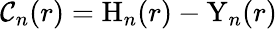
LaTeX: \mathcal{C}_{n}(r)=\mathrm{{H}}_{n}(r)-\mathrm{{Y}}_{n}(r)